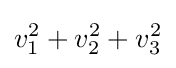
v_{1}^{2}+v_{2}^{2}+v_{3}^{2}